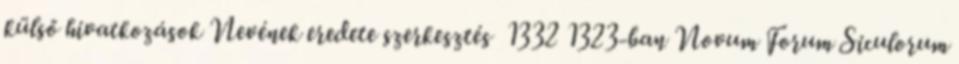
külső hivatkozások Nevének eredete szerkesztés 1332 1323-ban Novum Forum Siculorum